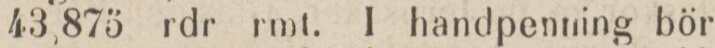
43,875 rdr rmt. I handpenning bör